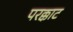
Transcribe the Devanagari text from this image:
परक्काट